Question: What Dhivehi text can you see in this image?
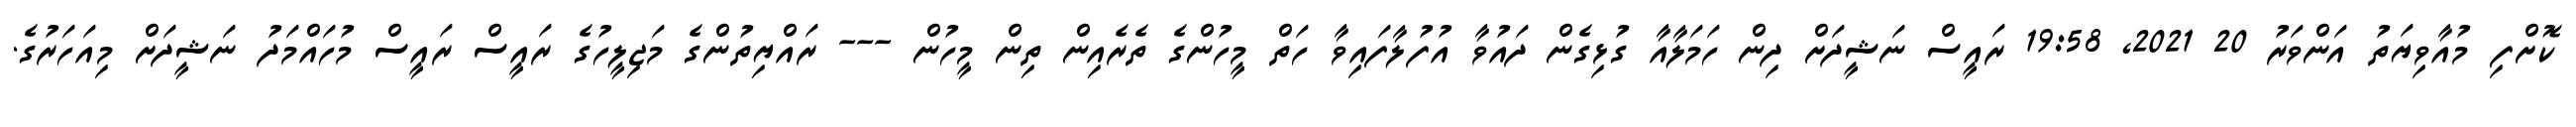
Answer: ކޮށްފި މުއާވިޔަތު އަންވަރު 20 2021, 19:58 ރައީސް ނަޝީދަށް ދިން ހަމަލާއާ ގުޅިގެން ދައުވާ އުފުލާފައިވާ ހަތް މީހުންގެ ތެރެއިން ތިން މީހުން --- ރައްޔިތުންގެ މަޖިލީހުގެ ރައީސް ރައީސް މުހައްމަދު ނަޝީދަށް މިއަހަރުގެ.